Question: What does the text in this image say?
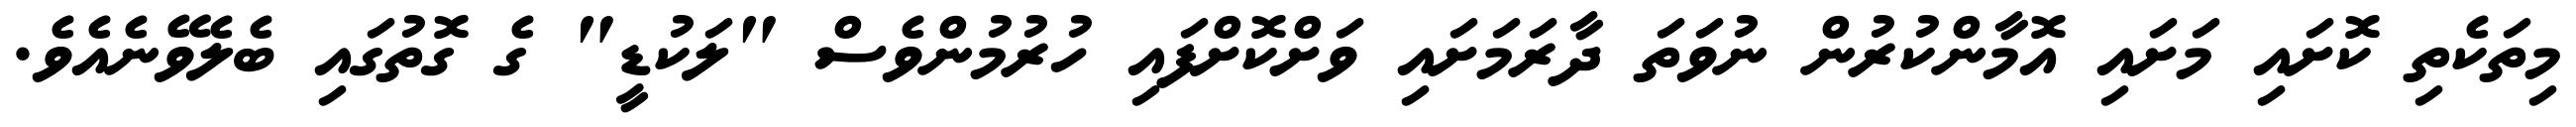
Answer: މިތަކެތި ކޮށައި މަށައި އޮމާންކުރުން ނުވަތަ ދާރަމަށައި ވަށްކޮށްފައި ހުރުމުންވެސް "ލަކުޑީ" ގެ ގޮތުގައި ބެލެވޭނެއެވެ.